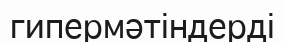
гипермәтіндерді